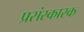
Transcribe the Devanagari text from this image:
प्रसंस्कारक